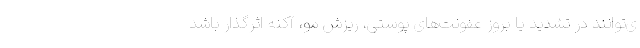
ی‌توانند در تشدید یا بروز عفونت‌های پوستی، ریزش مو، آکنه اثرگذار باشد